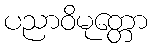
ပညာဝိမုတ္တော